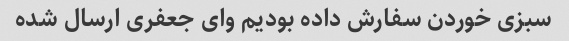
سبزی خوردن سفارش داده بودیم وای جعفری ارسال شده